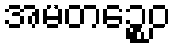
အမတဉ္စေဝ